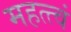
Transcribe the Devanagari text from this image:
महत्त्वं